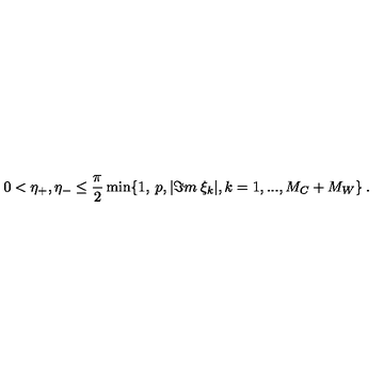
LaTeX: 0 < \eta _ { + } , \eta _ { - } \leq \frac { \pi } { 2 } \min \{ 1 , \: p , | \Im m \: \xi _ { k } | , k = 1 , . . . , M _ { C } + M _ { W } \} \: .